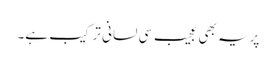
پریہ بھی عجیب سی لسانی ترکیب ہے۔